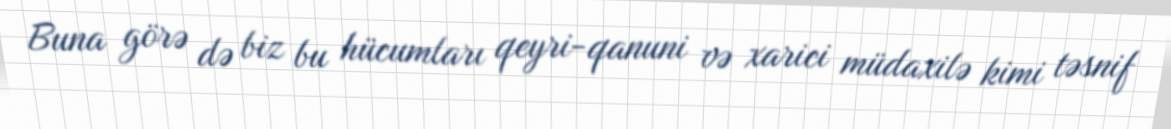
Buna görə də biz bu hücumları qeyri-qanuni və xarici müdaxilə kimi təsnif